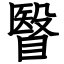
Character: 瞖